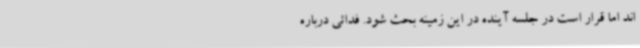
اند اما قرار است در جلسه آینده در این زمینه بحث شود. فدائی درباره